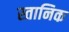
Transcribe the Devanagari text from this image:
स्तानिक